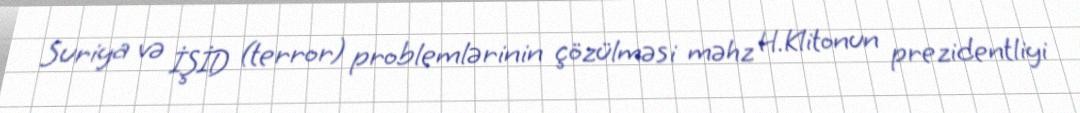
Suriya və İŞİD (terror) problemlərinin çözülməsi məhz H.Klitonun prezidentliyi